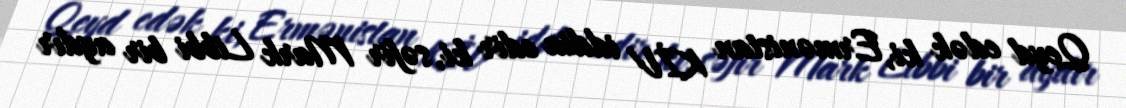
Qeyd edək ki, Ermənistan KİV iddia edir ki, səfir Mark Libbi bir aydır